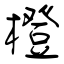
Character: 橙